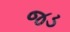
જડ